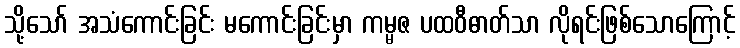
သို့သော် အသံကောင်းခြင်း မကောင်းခြင်းမှာ ကမ္မဇ ပထဝီဓာတ်သာ လိုရင်းဖြစ်သောကြောင့်